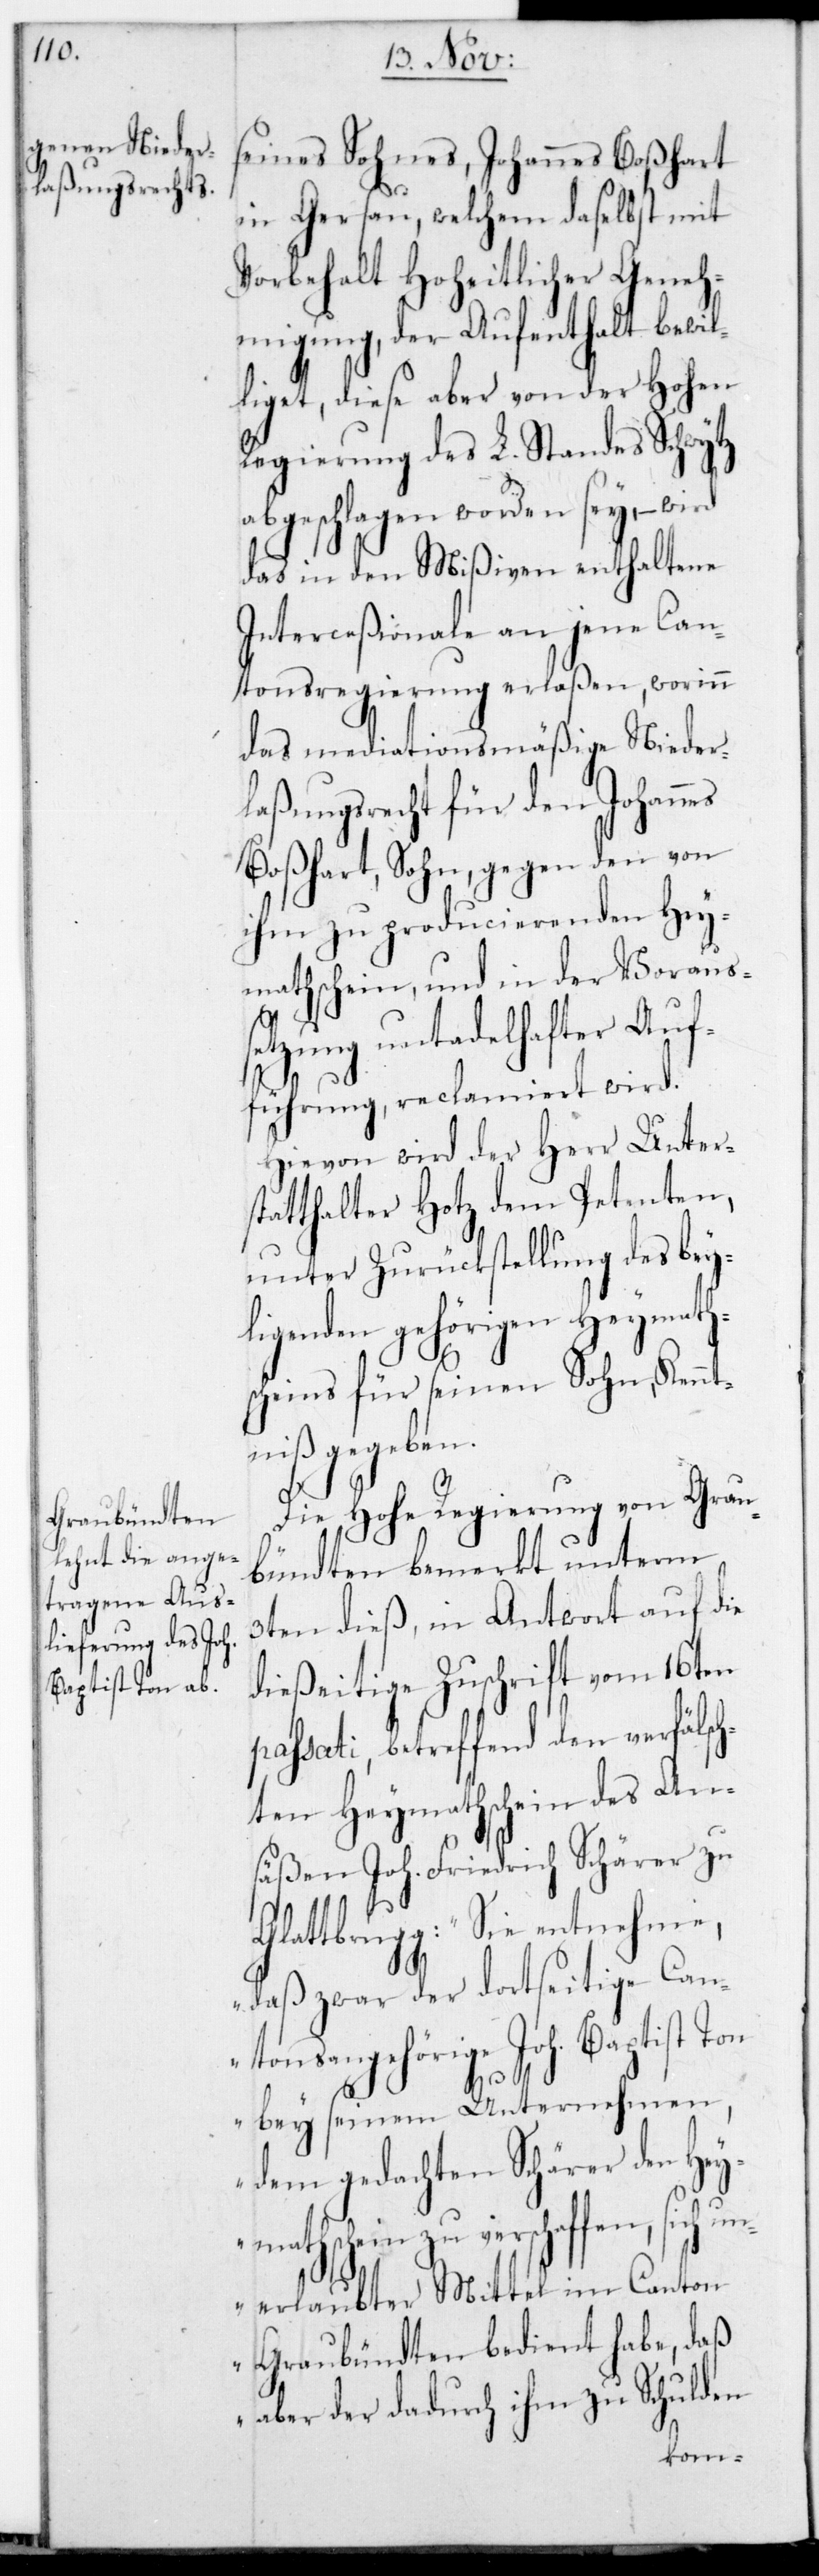
seines Sohnes, Johannes Boßhart
in Gersau, welchem daselbst mit
Vorbehalt Hoheitlicher Geneh¬
migung, der Aufenthalt bewil¬
liget, diese aber von der Hohen
Regierung des L. Standes Schwytz
abgeschlagen worden sey, – wird
das in den Mißiven enthaltene
Interceßionale an jene Can¬
tonsregierung erlaßen, worinn
das mediationsmäßige Nieder¬
laßungsrecht für den Johannes
Boßhart, Sohn, gegen den von
ihm zu producierenden Hey¬
mathschein, und in der Vorauss¬
etzung untadelhafter Auf¬
führung, reclamiert wird.
Hievon wird der Herr Unters¬
tatthalter Hotz dem Petenten,
unter Zurückstellung des bey¬
liegenden gehörigen Heymath¬
scheins für seinen Sohn, Kennt¬
niß gegeben.
Die Hohe Regierung von Grau¬
bündten bemerkt unterm
3ten dieß, in Antwort auf die
dießeitige Zuschrift vom 16ten
sati, betreffend den verfälsc¬
hten Heymathschein des An¬
säßen Joh. Friedrich Schärer zu
Glattbrugg: „Sie entnehme,
daß zwar der dortseitige Can¬
tonsangehörige Joh. Baptist Ton
pas¬
bey seinem Unternehmen,
dem gedachten Schärer den Hey¬
mathschein zu verschaffen, sich u¬
nerlaubter Mittel im Canton
Graubündten bedient habe, daß
aber der dadurch ihm zu Schulden